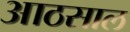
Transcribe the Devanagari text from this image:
आठसाल